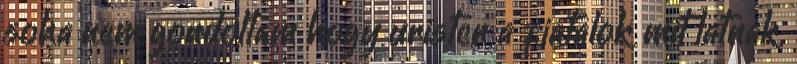
soha nem gondoltam hogy uristen a fiatalok mit latnak,